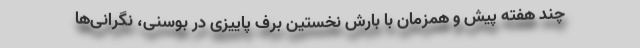
چند هفته پیش و همزمان با بارش نخستین برف پاییزی در بوسنی، نگرانی‌ها